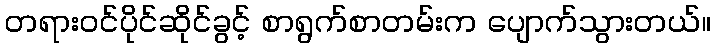
တရားဝင်ပိုင်ဆိုင်ခွင့် စာရွက်စာတမ်းက ပျောက်သွားတယ်။